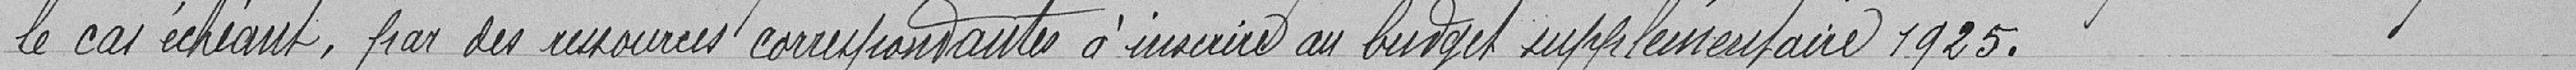
le cas échéant, par des ressources correspondantes à inscrire au budget supplémentaire 1925